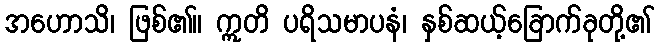
အဟောသိ၊ ဖြစ်၏။ ဣတိ ပရိသမာပနံ၊ နှစ်ဆယ့်ခြောက်ခုတို့၏